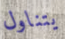
يتناول